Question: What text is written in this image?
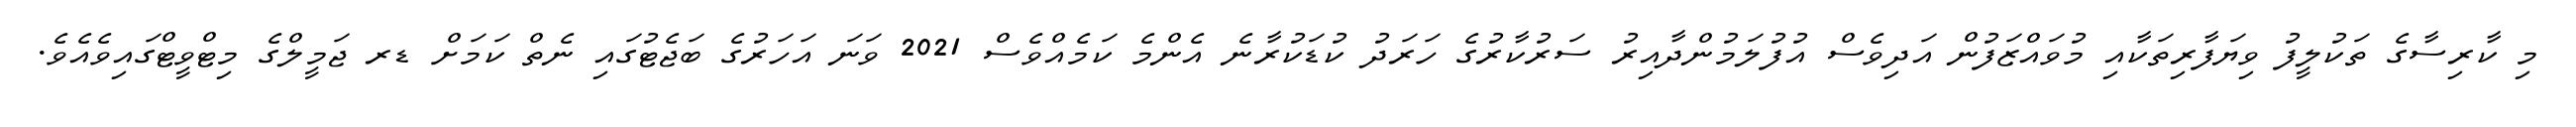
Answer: މި ކާރިސާގެ ތަކުލީފު ވިޔަފާރިތަކާއި މުވައްޒަފުން އަދިވެސް އުފުލަމުންދާއިރު ސަރުކާރުގެ ހަރަދު ކުޑަކުރާނެ އެންމެ ކަމެއްވެސް 2021 ވަނަ އަހަރުގެ ބަޖެޓުގައި ނެތް ކަމަށް ޑރ ޖަމީލްގެ މިޓްވީޓްގައިވެއެވެ.